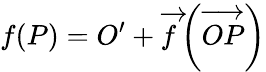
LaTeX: f(P)=O^{\prime}+{\overrightarrow{f}}\left({\overrightarrow{OP}}\right)